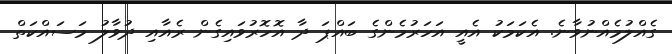
ގެއްލުމެއްނުވާނެ. އެކަމަކު އެއީ އަހަރުމެންގެ ބައްޕަ ދާ އޮހޮރުވައިގެން ރެއާއި ދުވާލު މަސައްކަތް